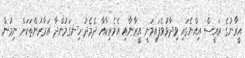
އީރާނުގެ ރައީސް އިއްޔެގައި ވިދާޅުވެފައިވަނީ އީރާނާއި އެމެރިކާއާ ދެމެދު ހިނގަމުންދާ އަރާރުންތަކަށް ނިމުން